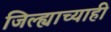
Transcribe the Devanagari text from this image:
जिल्ह्याच्याही